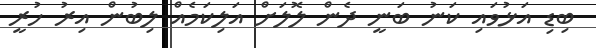
ބިޑި އަޅުވައި ކަނު ބަނީ ދެން ލޮލަށް އަލިކަމެއް ލިބުން އިރު ހުރީ